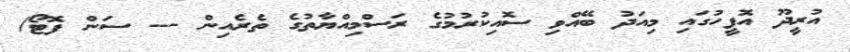
އުރީދޫ އޮފީހުގައި މިއަދު ބޭއްވި ސޮއިކުރުމުގެ ރަސްމިއްޔާތުގެ ތެރެއިން --- ސަން ފޮޓޯ/